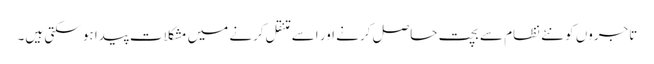
تاجروں کو نئے نظام سے بچت حاصل کرنے اور اسے متنقل کرنے میں مشکلات پیدا ہو سکتی ہیں۔